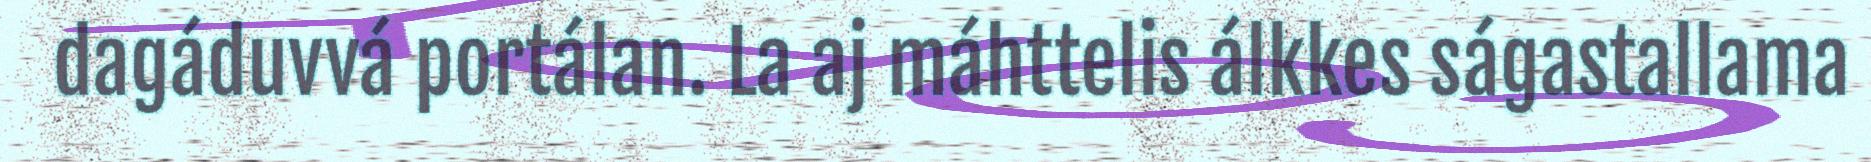
dagáduvvá portálan. La aj máhttelis álkkes ságastallama